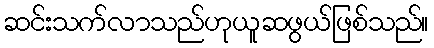
ဆင်းသက်လာသည်ဟုယူဆဖွယ်ဖြစ်သည်။